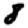
Digit: 8